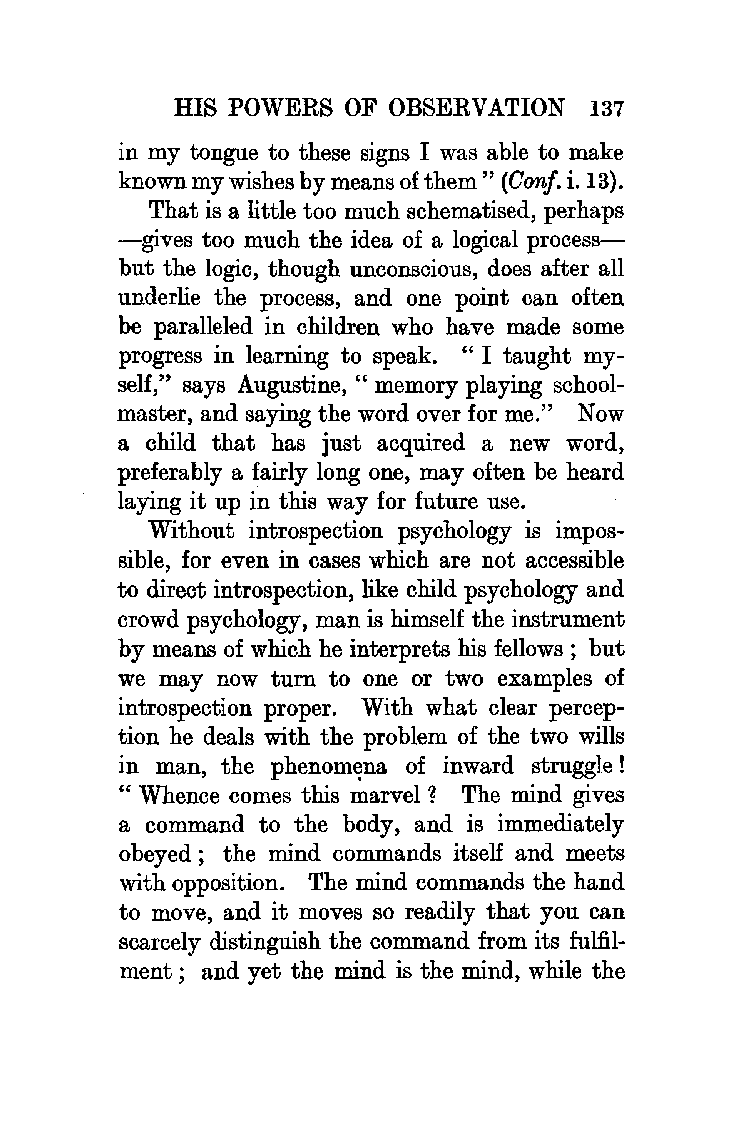
HIS POWERS OF OBSERVATION  137
 in my tongue to these signs I was able to make
 known my wishes by means of them" (Oonf. i. 13).
 That is a little too much schematised, perhaps
 -gives too much the idea of a logical process
 but the logic, though unconscious, does after all
 underlie the process, and one point can often
 be paralleled in children who have made some
 progress in learning to speak. "I taught my
 self," says Augustine, " memory playing school
 master, and saying the word over for me." Now
 a child that has just acquired a new word,
 preferably a fairly long one, may often be heard
 laying it up in this way for future use.
 Without introspection psychology is impos
 sible, for even in cases which are not accessible
 to direct introspection, like child psychology and
 crowd psychology, man is himself the instrument
 by means of which he interprets his fellows ; but
 we may now turn to one or two examples of
 introspection proper. With what clear percep
 tion he deals with the problem of the two wills
 in man, the phenom~na of inward struggle!
 " Whence comes this marvel 1 The mind gives
 a command to the body, and is immediately
 obeyed ; the mind commands itself and meets
 with opposition. The mind commands the hand
 to move, and it moves so readily that you can
 scarcely distinguish the command from its fulfil
 ment ; and yet the mind is the mind, while the